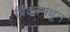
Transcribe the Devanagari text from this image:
प्रिंटरमधून